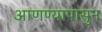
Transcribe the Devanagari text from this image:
आणण्यापासुन